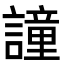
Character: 𧬤